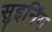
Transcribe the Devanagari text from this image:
सुइनिंग